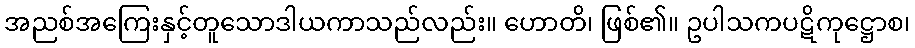
အညစ်အကြေးနှင့်တူသောဒါယကာသည်လည်း။ ဟောတိ၊ ဖြစ်၏။ ဥပါသကပဋိကုဋ္ဌောစ၊